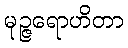
မုဉ္ဇရောဟိတာ